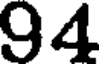
94